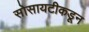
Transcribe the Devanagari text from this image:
सोसायटीकडून